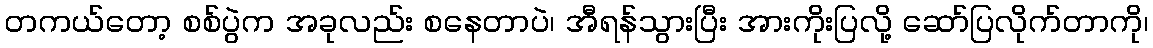
တကယ်တော့ စစ်ပွဲက အခုလည်း စနေတာပဲ၊ အီရန်သွားပြီး အားကိုးပြလို့ ဆော်ပြလိုက်တာကို၊